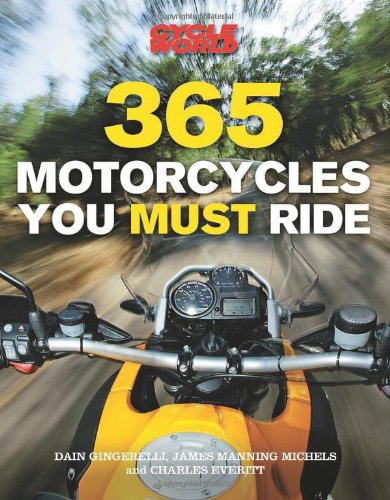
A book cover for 365 Motorcycles You Must Ride; Dain Gingerelli; Arts & Photography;